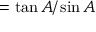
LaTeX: = { \tan A / \sin A }